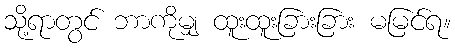
သို့ရာတွင် ဘာကိုမျှ ထူးထူးခြားခြား မမြင်ရ။